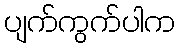
ပျက်ကွက်ပါက